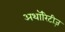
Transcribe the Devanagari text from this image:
अथॉरिटीज़